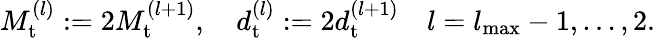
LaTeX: \begin{array}{r}{M_{\mathrm{t}}^{(l)}:=2M_{\mathrm{t}}^{(l+1)},\quad d_{\mathrm{t}}^{(l)}:=2d_{\mathrm{t}}^{(l+1)}\quad l={l_{{\mathrm{max}}}}-1,\ldots,2.}\end{array}